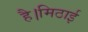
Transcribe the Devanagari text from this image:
है।मिठाई